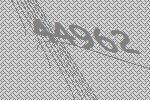
44962